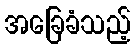
အခြေခံသည့်